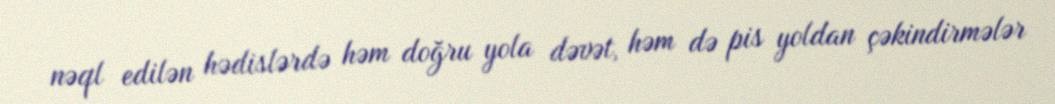
nəql edilən hədislərdə həm doğru yola dəvət, həm də pis yoldan çəkindirmələr